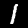
Label: 1